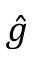
\hat { g }